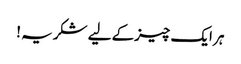
ہر ایک چیزکے لیے شکریہ !